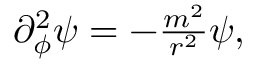
\begin{array} { r } { \partial _ { \phi } ^ { 2 } \psi = - \frac { m ^ { 2 } } { r ^ { 2 } } \psi , } \end{array}